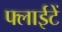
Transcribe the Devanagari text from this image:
फ्लाईटें